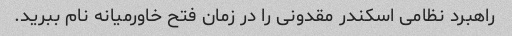
راهبرد نظامی اسکندر مقدونی را در زمان فتح خاورمیانه نام ببرید.